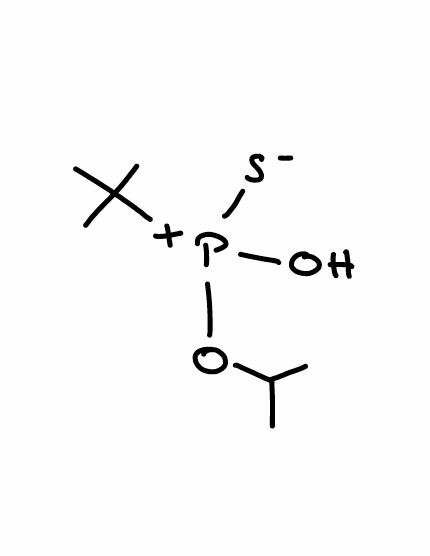
Simplified molecular-input line-entry system (SMILES) notation of the given molecule:
CC(C)O[P+](C(C)(C)C)(O)[S-]